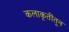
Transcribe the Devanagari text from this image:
कलाकृतींतून